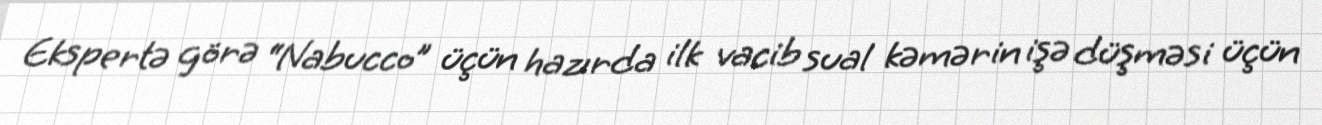
Ekspertə görə “Nabucco” üçün hazırda ilk vacib sual kəmərin işə düşməsi üçün